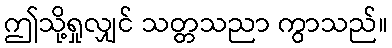
ဤသို့ရှုလျှင် သတ္တသညာ ကွာသည်။